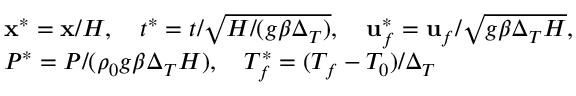
\begin{array} { r l } & { \mathbf { x } ^ { * } = \mathbf { x } / H , \ \ \ t ^ { * } = t / \sqrt { H / ( g \beta \Delta _ { T } ) } , \ \ \ \mathbf { u } _ { f } ^ { * } = \mathbf { u } _ { f } / \sqrt { g \beta \Delta _ { T } H } , } \\ & { P ^ { * } = P / ( \rho _ { 0 } g \beta \Delta _ { T } H ) , \ \ \ T _ { f } ^ { * } = ( T _ { f } - T _ { 0 } ) / \Delta _ { T } } \end{array}